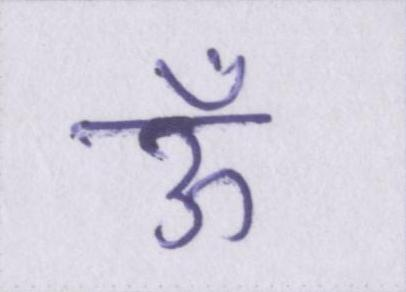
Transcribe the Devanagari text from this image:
ऊँ